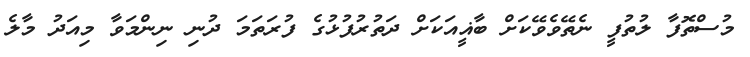
މުސްތޮފާ ލުތުފީ ނެތޭވެވޭކަށް ބާޣީއަކަށް ދަތުރުފުޅުގެ ފުރަތަމަ ދުނި ނިންމަވާ މިއަދު މާލެ